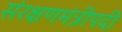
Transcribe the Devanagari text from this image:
संरक्षणमंत्रीपदी